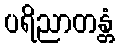
ပရိညာတန္တံ